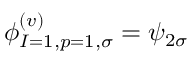
\phi _ { I = 1 , p = 1 , \sigma } ^ { ( v ) } = \psi _ { 2 \sigma }